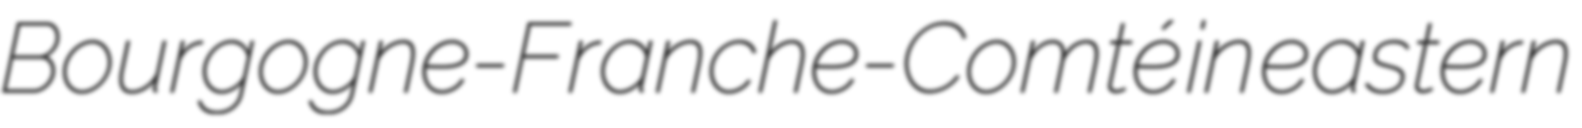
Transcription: Bourgogne-Franche-Comté in eastern